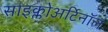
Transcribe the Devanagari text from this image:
साइक्लोअर्टिनॉल